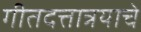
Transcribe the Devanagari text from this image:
गीतदत्तात्रयाचे